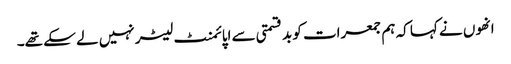
انھوں نے کہا کہ ہم جمعرات کو بدقسمتی سے اپائمنٹ لیٹر نہیں لے سکے تھے۔